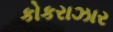
કોકરાઝાર